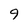
Character: 9